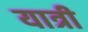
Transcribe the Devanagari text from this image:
यात्री